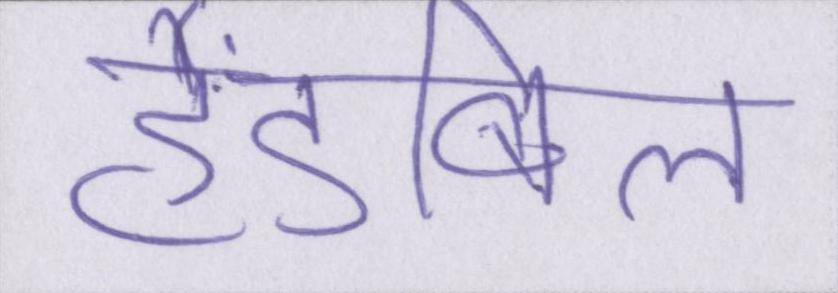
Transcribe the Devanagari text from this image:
हैंडबिल